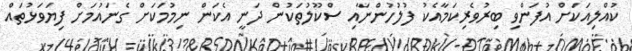
ކުއްލިއަކަށް އުފަންވި ބިރުވެރިކަމާއެކު ފުލުހުންނާއި ސްކޫލުތަކުން ދަނީ އެކަން ނިމުމަކަށް ގެނައުމަށް ފިޔަވަޅުތައް